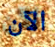
الآن